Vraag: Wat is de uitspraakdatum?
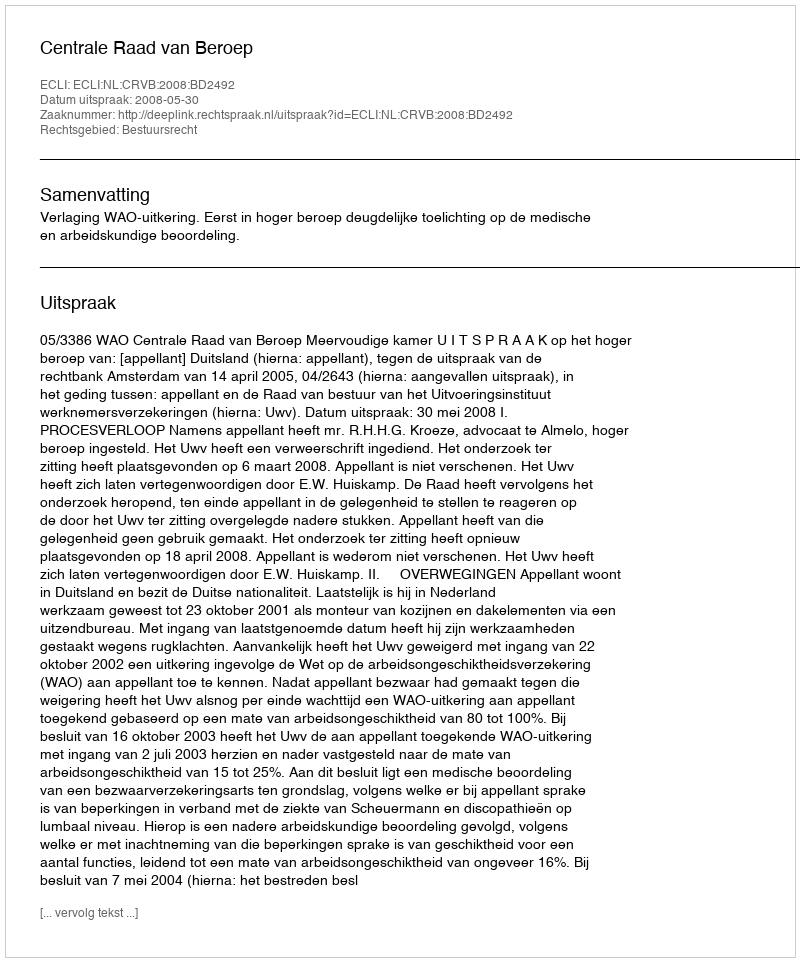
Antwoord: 2008-05-30